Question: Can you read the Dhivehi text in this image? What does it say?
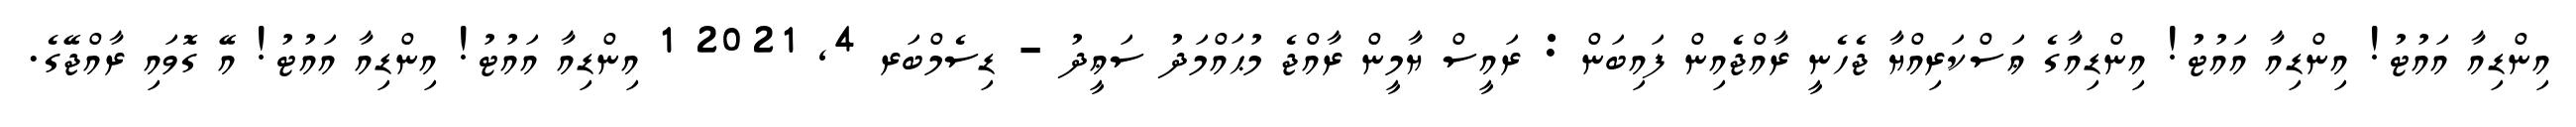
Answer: އިންޑިއާ އައުޓު! އިންޑިއާ އައުޓު! އިންޑިއާގެ ޢަސްކަރިއްޔާ ޖެހެނީ ރާއްޖެއިން ފައިބަން : ރައީސް ޔާމީން ރާއްޖެ މުޙައްމަދު ސަޢީދު - ޑިސެމްބަރ 4, 2021 1 އިންޑިއާ އައުޓު! އިންޑިއާ އައުޓު! އޭ ގޮވައި ރާއްޖޭގެ.